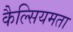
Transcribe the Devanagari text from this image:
कैल्सियमता